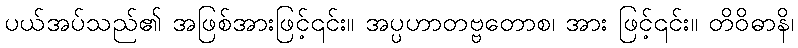
ပယ်အပ်သည်၏ အဖြစ်အားဖြင့်၎င်း။ အပ္ပဟာတဗ္ဗတောစ၊ အား ဖြင့်၎င်း။ တိဝိဓာနိ၊